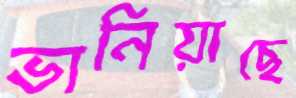
ভানিয়াছে